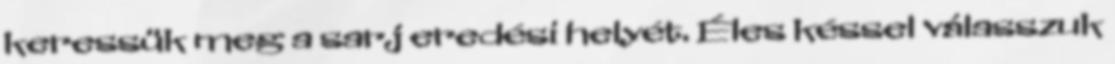
keressük meg a sarj eredési helyét. Éles késsel válasszuk